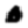
Digit: 0